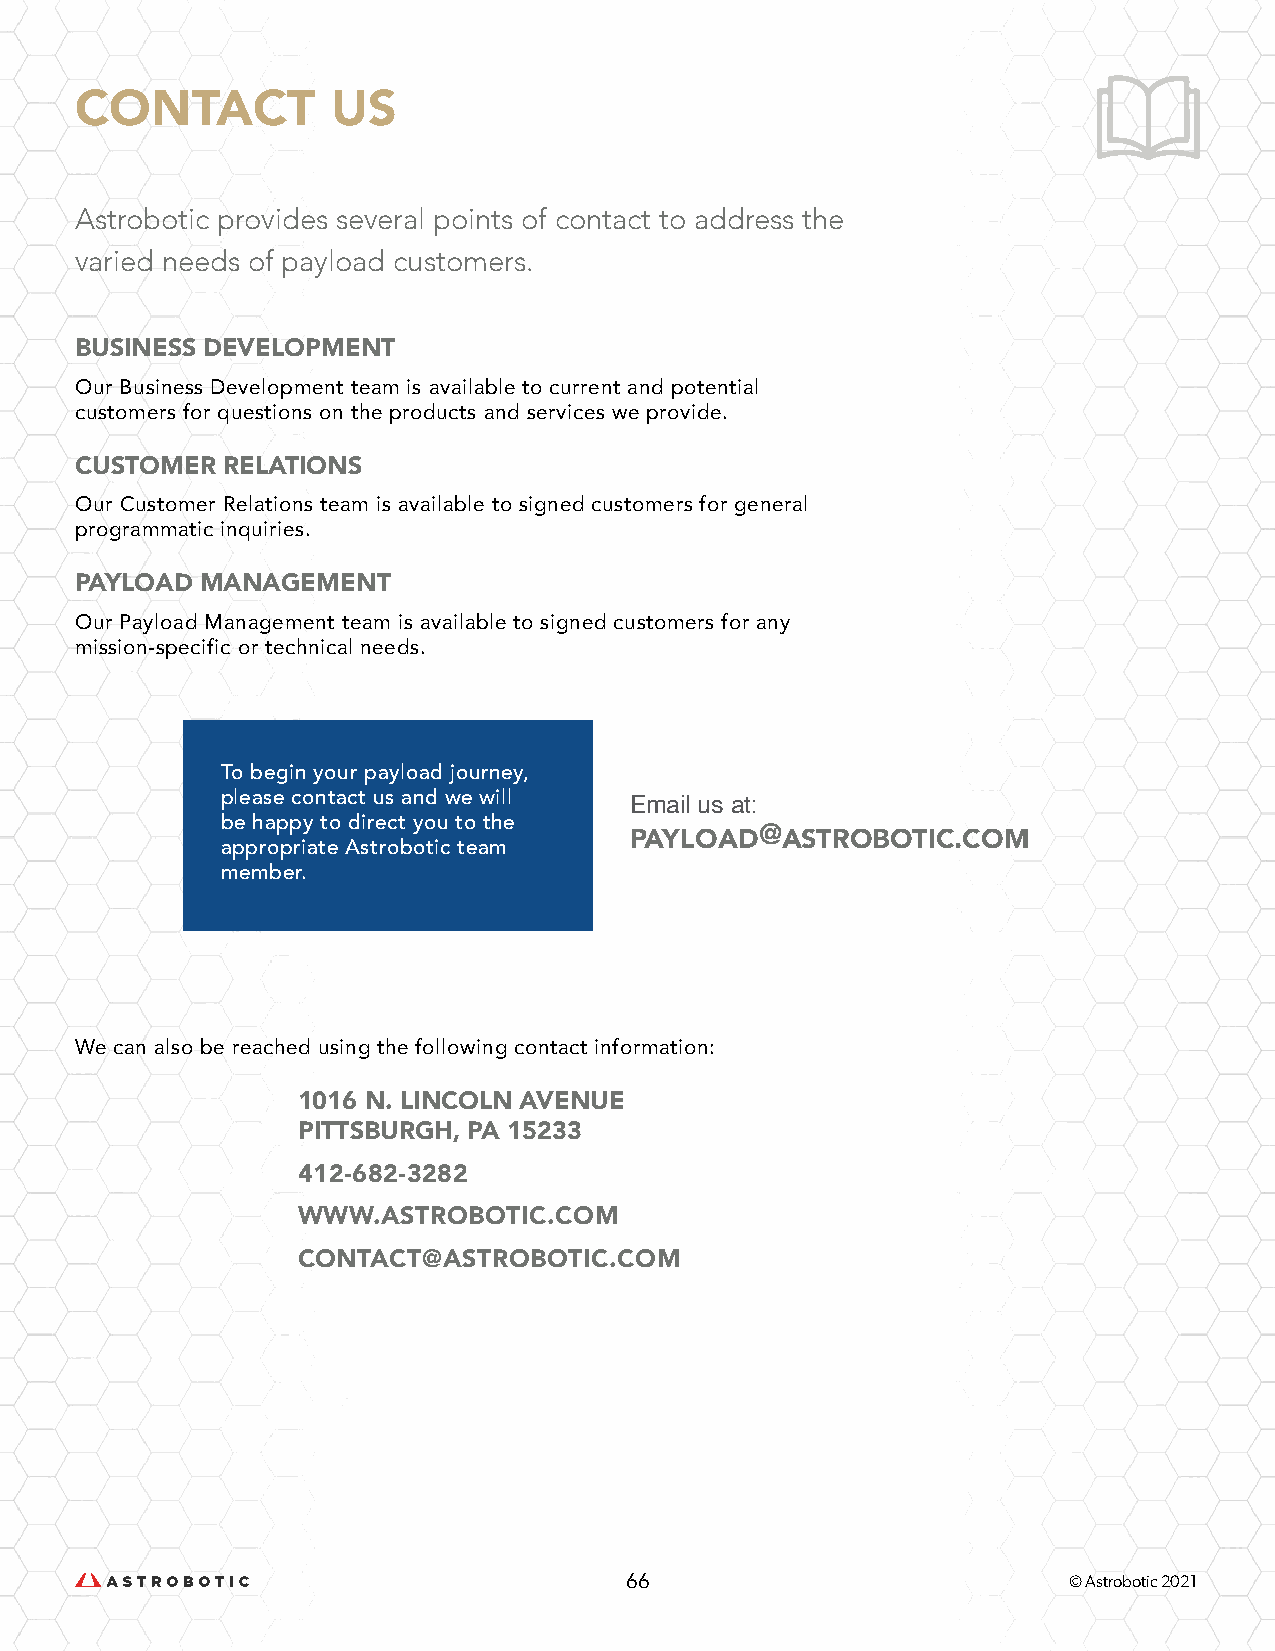
CONTACT          US
 Astrobotic provides several points of contact to address the
 varied needs of payload customers.
 BUSINESS DEVELOPMENT
 Our Business Development team is available to current and potential
 customers for questions on the products and services we provide.
 CUSTOMER  RELATIONS
 Our Customer Relations team is available to signed customers for general
 programmatic inquiries.
 PAYLOAD MANAGEMENT
 Our Payload Management team is available to signed customers for any
 mission-specific or technical needs.
 To begin your payload journey,
 please contact us and we will
 Email us at:
 be happy to direct you to the
 PAYLOAD@ASTROBOTIC.COM
 appropriate Astrobotic team
 member.
 We can also be reached using the following contact information:
 1016 N. LINCOLN AVENUE
 PITTSBURGH, PA 15233
 412-682-3282
 WWW.ASTROBOTIC.COM
 CONTACT@ASTROBOTIC.COM
 66                            © Astrobotic 2021